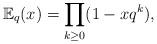
LaTeX: \begin{align*}\mathbb{E}_q(x) = \prod_{k \geq 0}(1-x q^k),\end{align*}